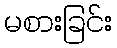
မစားခြင်း